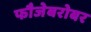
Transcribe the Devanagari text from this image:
फौजेबरोबर